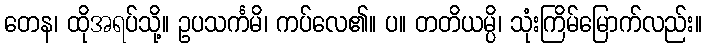
တေန၊ ထိုအရပ်သို့။ ဥပသင်္ကမိ၊ ကပ်လေ၏။ ပ။ တတိယမ္ပိ၊ သုံးကြိမ်မြောက်လည်း။